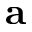
\mathbf { a }